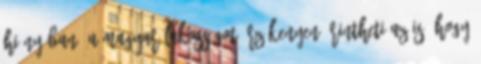
hiányában. A magyar lakosságot érzékenyen érintheti az is, hogy